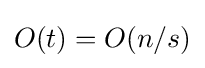
O(t)=O(n/s)